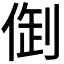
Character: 𠉳